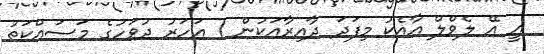
އީ އޭ ލެވްލް އާއެކު މިފަދަ ދާއިރާއަކުން 1 އަހަރު ދުވަހުގެ މަސައްކަތު